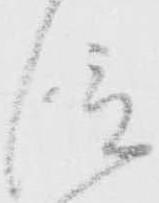
信